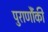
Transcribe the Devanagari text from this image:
पुराणौंकी